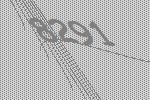
8291